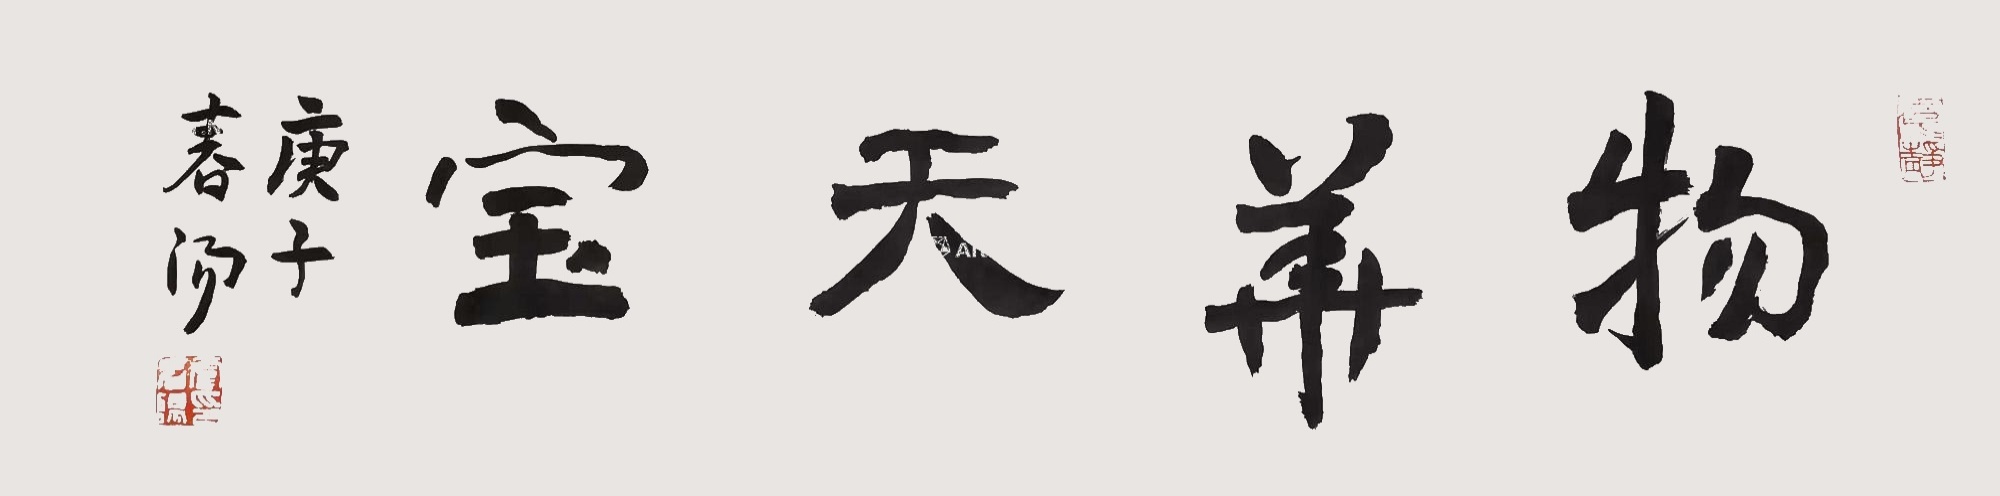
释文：物华天宝。庚子春阳。